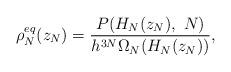
LaTeX: \begin{align*}\rho_N^{eq}(z_N) = \frac{P(H_N(z_N),\ N)}{h^{3N}\Omega_N(H_N(z_N))},\end{align*}